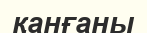
қанғаны